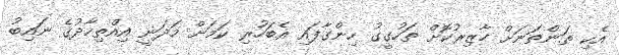
އެކި ތަންތަނަށް ހާޒިރުކޮށް ތަހުގީގު ހިންގާފައި އެބަހުރި ކަމަށް މަދަނީ އިއްތިހާދުގެ ނައިބު